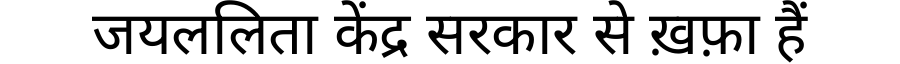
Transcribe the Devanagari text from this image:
जयललिता केंद्र सरकार से ख़फ़ा हैं